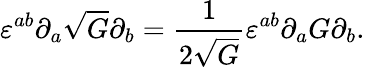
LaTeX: \varepsilon^{ab}\partial_{a}\sqrt{G}\partial_{b}=\frac{1}{2\sqrt{G}}\varepsilon^{ab}\partial_{a}G\partial_{b}.